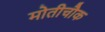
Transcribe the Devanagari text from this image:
मोतीचौक